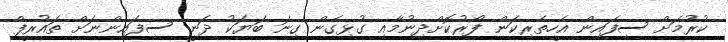
ކުރުމަށް ސިފައިން އެހީތެރިކަން ފޯރުކޮށްދިނުމާއި ގުޅިގެން ގިނަ ބަޔަކު ދަނީ ސިފައިންނަށް ތައުރީފް